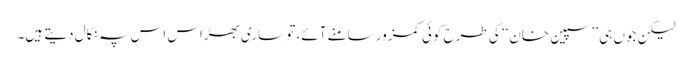
لیکن جوں ہی ’’سپین خان‘‘ کی طرح کوئی کمزور سامنے آئے، تو ساری بھڑاس اس پہ نکال دیتے ہیں۔